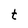
Character: t